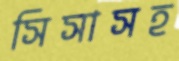
সিসাসহ